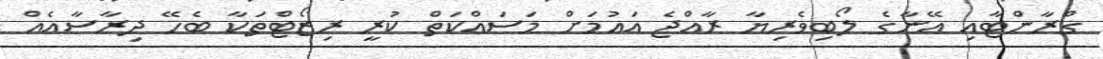
ގްރާންޓާއި އޭނާގެ ލޯބިވެރިޔާ ރާއްޖެ އައުމަށް މަސައްކަތް ކުރީ ރިޒޯޓްތަކާ ބެހޭ ދިރާސާއެއް